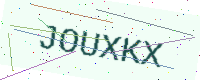
Text: JOUXKX